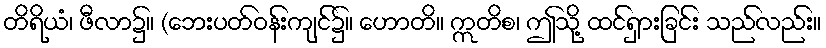
တိရိယံ၊ ဖီလာ၌။ (ဘေးပတ်ဝန်းကျင်၌။ ဟောတိ။ ဣတိစ၊ ဤသို့ ထင်ရှားခြင်း သည်လည်း။